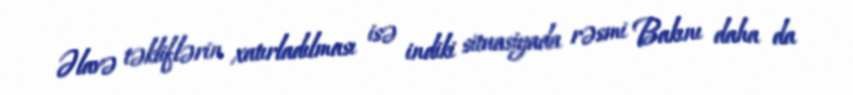
Əlavə təkliflərin xatırladılması isə indiki situasiyada rəsmi Bakını daha da